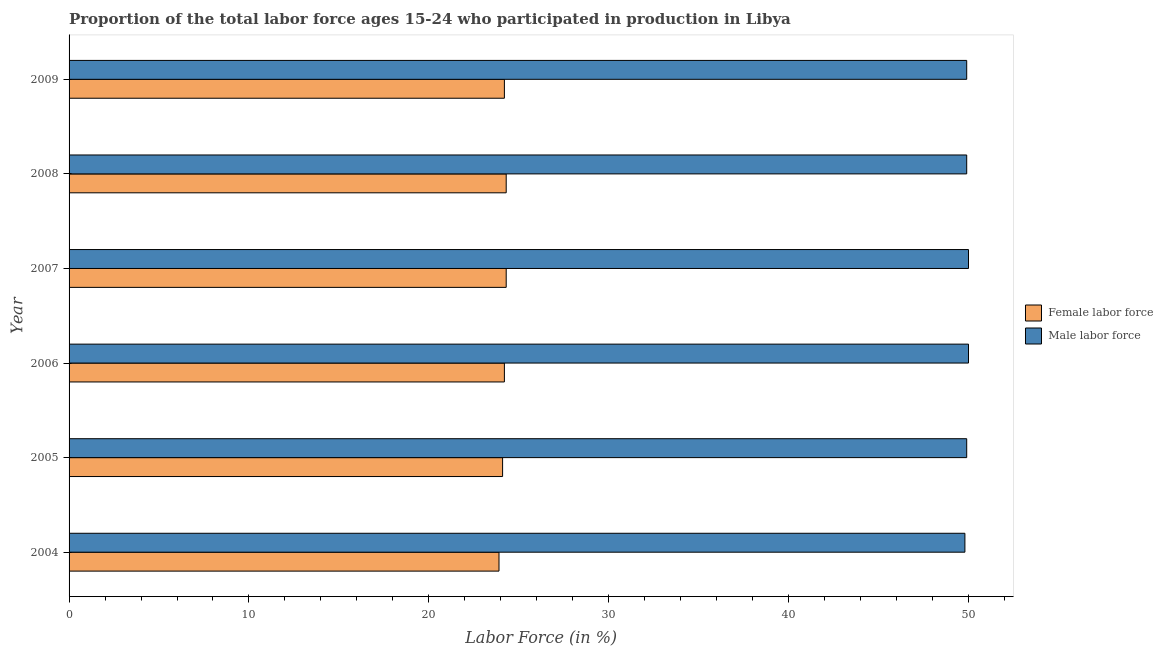
| Year | Female labor force | Male labor force |
 | --- | --- | --- |
 | 2004 | 23.9 | 49.8 |
 | 2005 | 24.1 | 49.9 |
 | 2006 | 24.2 | 50 |
 | 2007 | 24.3 | 50 |
 | 2008 | 24.3 | 49.9 |
 | 2009 | 24.2 | 49.9 |